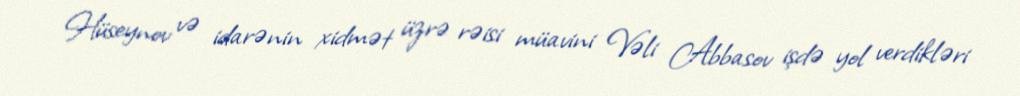
Hüseynov və idarənin xidmət üzrə rəisi müavini Vəli Abbasov işdə yol verdikləri